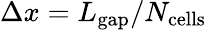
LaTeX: \Delta x=L_{\mathrm{{gap}}}/N_{\mathrm{{cells}}}